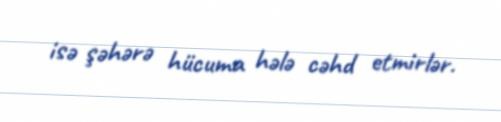
isə şəhərə hücuma hələ cəhd etmirlər.